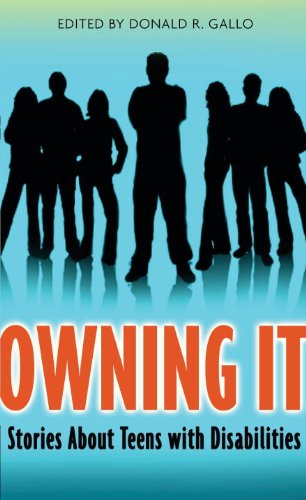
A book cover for Owning It: Stories About Teens with Disabilities; Teen & Young Adult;